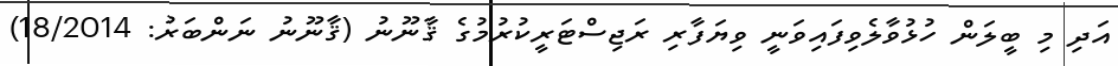
އަދި މި ބީލަން ހުޅުވާލެވިފައިވަނީ ވިޔަފާރި ރަޖިސްޓަރީކުރުމުގެ ޤާނޫނު (ޤާނޫނު ނަންބަރު: 18/2014)